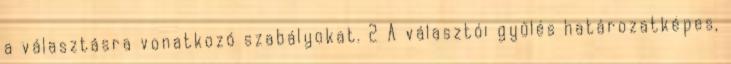
a választásra vonatkozó szabályokat. 2 A választói gyűlés határozatképes,